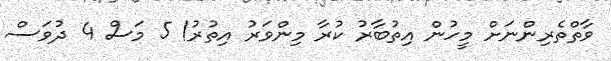
ވާތްތެރިންނަށް މީހުން އިތުބާރު ކުރާ މިންވަރު އިތުރު! 5 މަސް 4 ދުވަސް